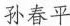
孙春平